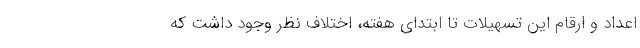
اعداد و ارقام این تسهیلات تا ابتدای هفته، اختلاف نظر وجود داشت که